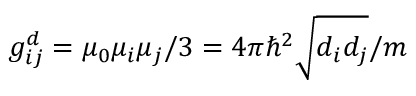
g _ { i j } ^ { d } = \mu _ { 0 } \mu _ { i } \mu _ { j } / 3 = 4 \pi \hbar ^ { 2 } \sqrt { d _ { i } d _ { j } } / m